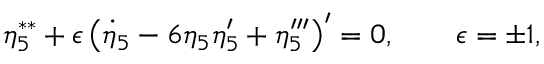
\eta _ { 5 } ^ { \ast \ast } + \epsilon \left( \dot { \eta } _ { 5 } - 6 \eta _ { 5 } \eta _ { 5 } ^ { \prime } + \eta _ { 5 } ^ { \prime \prime \prime } \right) ^ { \prime } = 0 , \qquad \epsilon = \pm 1 ,